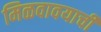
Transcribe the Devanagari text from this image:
मिळवावयाची